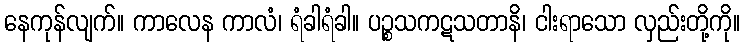
နေကုန်လျက်။ ကာလေန ကာလံ၊ ရံခါရံခါ။ ပဉ္စသကဋသတာနိ၊ ငါးရာသော လှည်းတို့ကို။